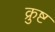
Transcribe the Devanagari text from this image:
क्रुष्ट